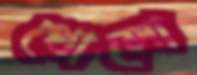
থোলো